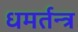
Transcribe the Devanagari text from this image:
धमर्तन्त्र